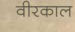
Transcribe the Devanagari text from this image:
वीरकाल